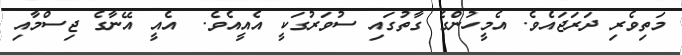
މަތިވެރި ދަރަޖައެވެ. އެމީހުންގެ ގާތުގައި ސުވަރުގަކީ އެއީއެވެ.  އެއީ އޭނާގެ ޖިސްމާއި